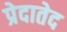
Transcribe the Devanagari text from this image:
प्रेदातेद